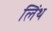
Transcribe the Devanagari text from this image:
लिंथ